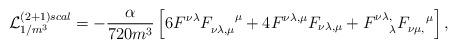
LaTeX: \begin{align*}{\cal L}^{(2+1)scal}_{1/m^3}=-\frac{\alpha}{720 m^3} \left[6 F^{\nu \lambda}F_{\nu\lambda,\mu}^{~~~~\mu}+4F^{\nu \lambda,\mu}F_{\nu\lambda,\mu}+F^{\nu \lambda,}_{~~~\lambda}F_{\nu\mu,}^{~~~\mu}\right],\end{align*}